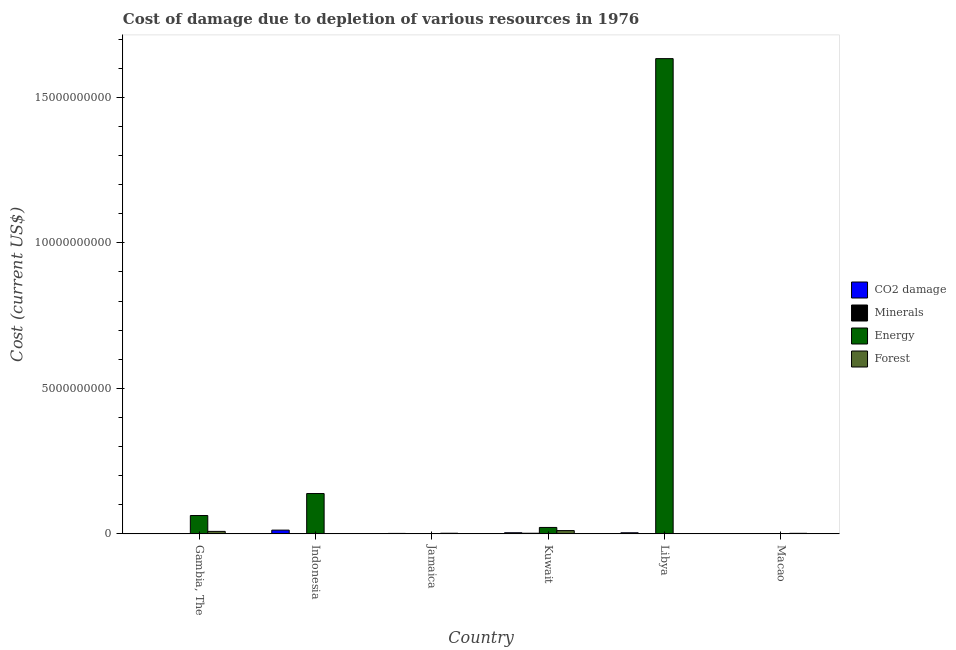
| Country | CO2 damage | Minerals | Energy | Forest |
 | --- | --- | --- | --- | --- |
 | Gambia, The | 2.06e+05 | 8.73e+04 | 6.3e+08 | 8.54e+07 |
 | Indonesia | 1.28e+08 | 6.6e+06 | 1.39e+09 | 1.2e+06 |
 | Jamaica | 1.51e+07 | 1.73e+06 | 4.3e+05 | 2.11e+07 |
 | Kuwait | 3.84e+07 | 2.1e+07 | 2.21e+08 | 1.13e+08 |
 | Libya | 3.72e+07 | 9.51e+06 | 1.63e+10 | 6.67e+05 |
 | Macao | 5.26e+05 | 6.89e+06 | 1.36e+05 | 1.89e+07 |